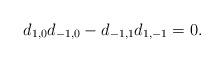
LaTeX: \begin{align*}d_{1,0}d_{-1,0}- d_{-1,1}d_{1,-1}=0.\end{align*}